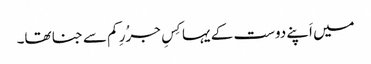
میں اَپنے دوست کے یہا کِسِ جرُرِ کم سے جنا تھا۔